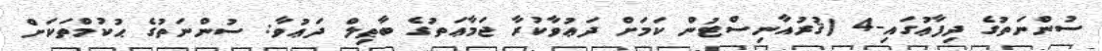
ސުންނަތުގެ ދިފާޢުގައި-4 (ޤުރުއާނިސްޓުން ކަމަށް ދަޢުވާކުރާ ޖަމާޢަތުގެ ބާޠިލް ދަޢުވާ: ސުންނަތުގެ ޙުކުމްތަކަށް